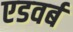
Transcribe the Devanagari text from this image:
एडवर्ब